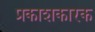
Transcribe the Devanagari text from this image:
प्रकाशकारक